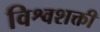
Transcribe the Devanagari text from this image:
विश्वशक्ती